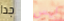
جدا ليس